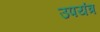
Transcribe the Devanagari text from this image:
उपयंत्र